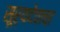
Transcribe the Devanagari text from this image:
सूर्यदेवाचा